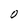
Character: O